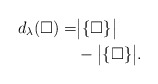
\begin{align*} d_\lambda(\square)=& \big|\{\square\}\big| \\ & -\big|\{\square\}\big|.\end{align*}